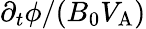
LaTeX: \partial_{t}\phi/(B_{0}V_{\mathrm{{A}}})